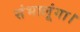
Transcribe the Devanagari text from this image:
संभालूंगा।